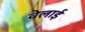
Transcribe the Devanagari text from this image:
वेलाई